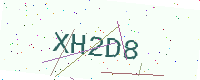
Text: XH2D8